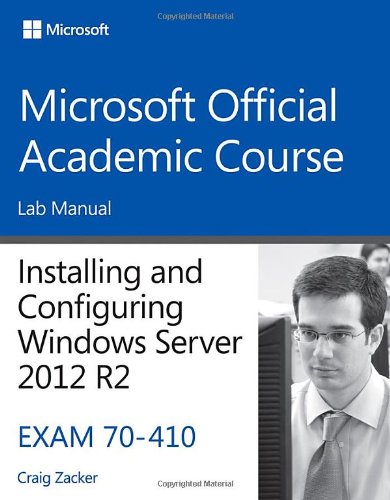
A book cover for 70-410 Installing and Configuring Windows Server 2012 R2 Lab Manual (Microsoft Official Academic Course Series); Microsoft Official Academic Course; Computers & Technology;